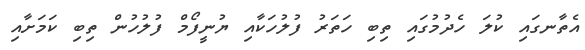
އެތާނގައި ކުލަ ހެދުމުގައި ތިބި ހަތަރު ފުލުހަކާއި ޔުނީފޯމް ފުލުހުން ތިބި ކަމަށާއި